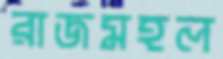
রাজমহল